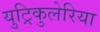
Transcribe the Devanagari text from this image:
युट्रिकुलेरिया